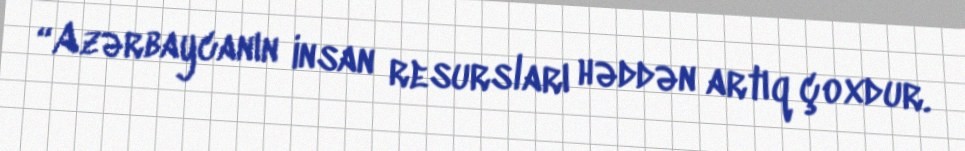
“Azərbaycanın insan resursları həddən artıq çoxdur.